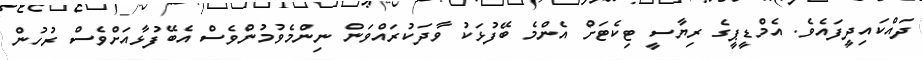
ދައްކައިދީފައެވެ. އެމްޑީޕީގެ ރިޔާސީ ޓިކެޓަށް އެންމެ ބޭފުޅަކު ވާދަކުރައްވަން ނިންމެވުމުންވެސް އެބޭފުޅާއަށްވެސް ރުހުން